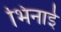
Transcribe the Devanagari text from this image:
भिनाई